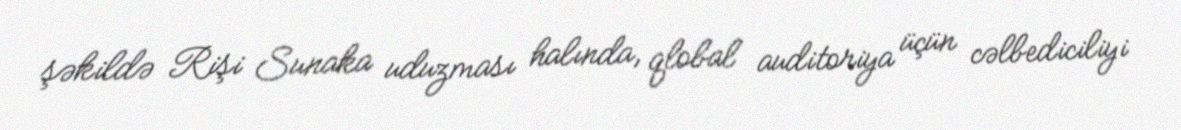
şəkildə Rişi Sunaka uduzması halında, qlobal auditoriya üçün cəlbediciliyi